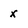
Character: x